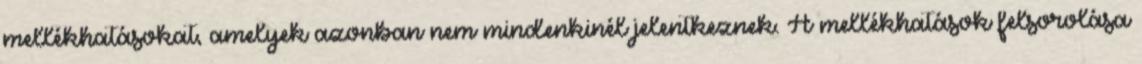
mellékhatásokat, amelyek azonban nem mindenkinél jelentkeznek. A mellékhatások felsorolása